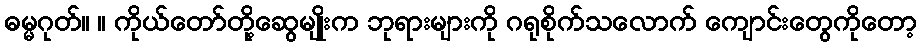
ဓမ္မဂုတ်။ ။ ကိုယ်တော်တို့ဆွေမျိုးက ဘုရားများကို ဂရုစိုက်သလောက် ကျောင်းတွေကိုတော့